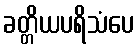
ခတ္တိယပရိသံပေ